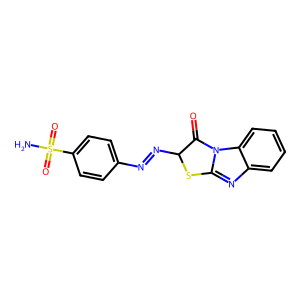
SMILES: NS(=O)(=O)c1ccc(N=NC2Sc3nc4ccccc4n3C2=O)cc1
Inhibits HIV replication: No